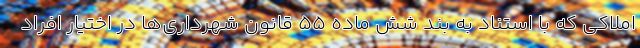
املاکی که با استناد به بند شش ماده ۵۵ قانون شهرداری‌ها در اختیار افراد